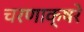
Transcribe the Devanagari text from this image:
चरणाक्षरे